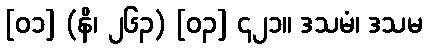
[၀၁] (နိ၊ ၂၆၃) [၀၃] ၄၂၁။ ဒသမံ၊ ဒသမ